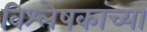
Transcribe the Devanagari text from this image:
विश्लेषकांच्या